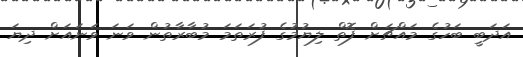
އަދަބީ ބަހުގެ މައްޗަށް ފޮތް ލިޔުމުގެ ފުރަތަމަ މުބާރާތުން ވަނަ ވަނައަށް ދިޔަ